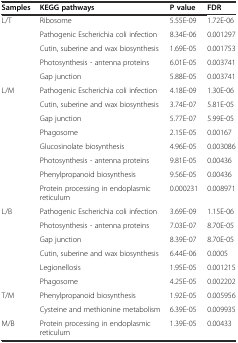
<table><thead><tr><td><b>Samples</b></td><td><b>KEGG pathways</b></td><td><b>P value</b></td><td><b>FDR</b></td></tr></thead><tbody><tr><td>L/T</td><td>Ribosome</td><td>5.55E-09</td><td>1.72E-06</td></tr><tr><td>[EMPTY_CELL]</td><td>Pathogenic Escherichia coli infection</td><td>8.34E-06</td><td>0.001297</td></tr><tr><td>[EMPTY_CELL]</td><td>Cutin, suberine and wax biosynthesis</td><td>1.69E-05</td><td>0.001753</td></tr><tr><td>[EMPTY_CELL]</td><td>Photosynthesis - antenna proteins</td><td>6.01E-05</td><td>0.003741</td></tr><tr><td>[EMPTY_CELL]</td><td>Gap junction</td><td>5.88E-05</td><td>0.003741</td></tr><tr><td>L/M</td><td>Pathogenic Escherichia coli infection</td><td>4.18E-09</td><td>1.30E-06</td></tr><tr><td>[EMPTY_CELL]</td><td>Cutin, suberine and wax biosynthesis</td><td>3.74E-07</td><td>5.81E-05</td></tr><tr><td>[EMPTY_CELL]</td><td>Gap junction</td><td>5.77E-07</td><td>5.99E-05</td></tr><tr><td>[EMPTY_CELL]</td><td>Phagosome</td><td>2.15E-05</td><td>0.00167</td></tr><tr><td>[EMPTY_CELL]</td><td>Glucosinolate biosynthesis</td><td>4.96E-05</td><td>0.003086</td></tr><tr><td>[EMPTY_CELL]</td><td>Photosynthesis - antenna proteins</td><td>9.81E-05</td><td>0.00436</td></tr><tr><td>[EMPTY_CELL]</td><td>Phenylpropanoid biosynthesis</td><td>9.56E-05</td><td>0.00436</td></tr><tr><td>[EMPTY_CELL]</td><td>Protein processing in endoplasmic reticulum</td><td>0.000231</td><td>0.008971</td></tr><tr><td>L/B</td><td>Pathogenic Escherichia coli infection</td><td>3.69E-09</td><td>1.15E-06</td></tr><tr><td>[EMPTY_CELL]</td><td>Photosynthesis - antenna proteins</td><td>7.03E-07</td><td>8.70E-05</td></tr><tr><td>[EMPTY_CELL]</td><td>Gap junction</td><td>8.39E-07</td><td>8.70E-05</td></tr><tr><td>[EMPTY_CELL]</td><td>Cutin, suberine and wax biosynthesis</td><td>6.44E-06</td><td>0.0005</td></tr><tr><td>[EMPTY_CELL]</td><td>Legionellosis</td><td>1.95E-05</td><td>0.001215</td></tr><tr><td>[EMPTY_CELL]</td><td>Phagosome</td><td>4.25E-05</td><td>0.002202</td></tr><tr><td>T/M</td><td>Phenylpropanoid biosynthesis</td><td>1.92E-05</td><td>0.005956</td></tr><tr><td>[EMPTY_CELL]</td><td>Cysteine and methionine metabolism</td><td>6.39E-05</td><td>0.009935</td></tr><tr><td>M/B</td><td>Protein processing in endoplasmic reticulum</td><td>1.39E-05</td><td>0.00433</td></tr></tbody></table>